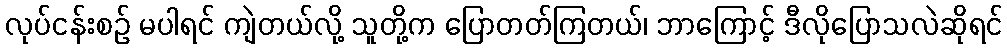
လုပ်ငန်းစဉ် မပါရင် ကျဲတယ်လို့ သူတို့က ပြောတတ်ကြတယ်၊ ဘာကြောင့် ဒီလိုပြောသလဲဆိုရင်